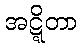
အဋ္ဋိတာ